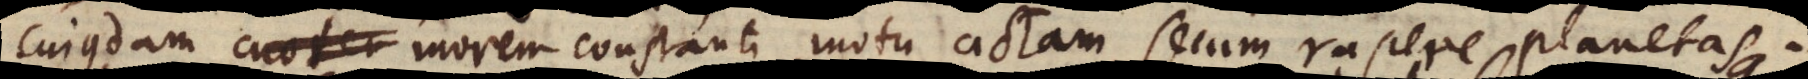
cujusdam morem constanti motu actam, secum rapere planetas.